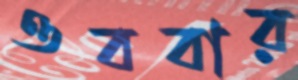
ওববার